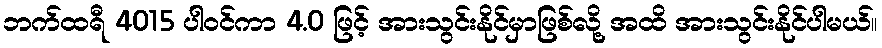
ဘက်ထရီ 4015 ပါဝင်ကာ 4.0 ဖြင့် အားသွင်းနိုင်မှာဖြစ်လို့ အထိ အားသွင်းနိုင်ပါမယ်။